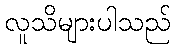
လူသိများပါသည်